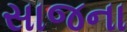
સાજના